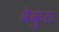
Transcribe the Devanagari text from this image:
वैकुंठः